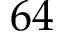
6 4